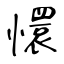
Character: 懁